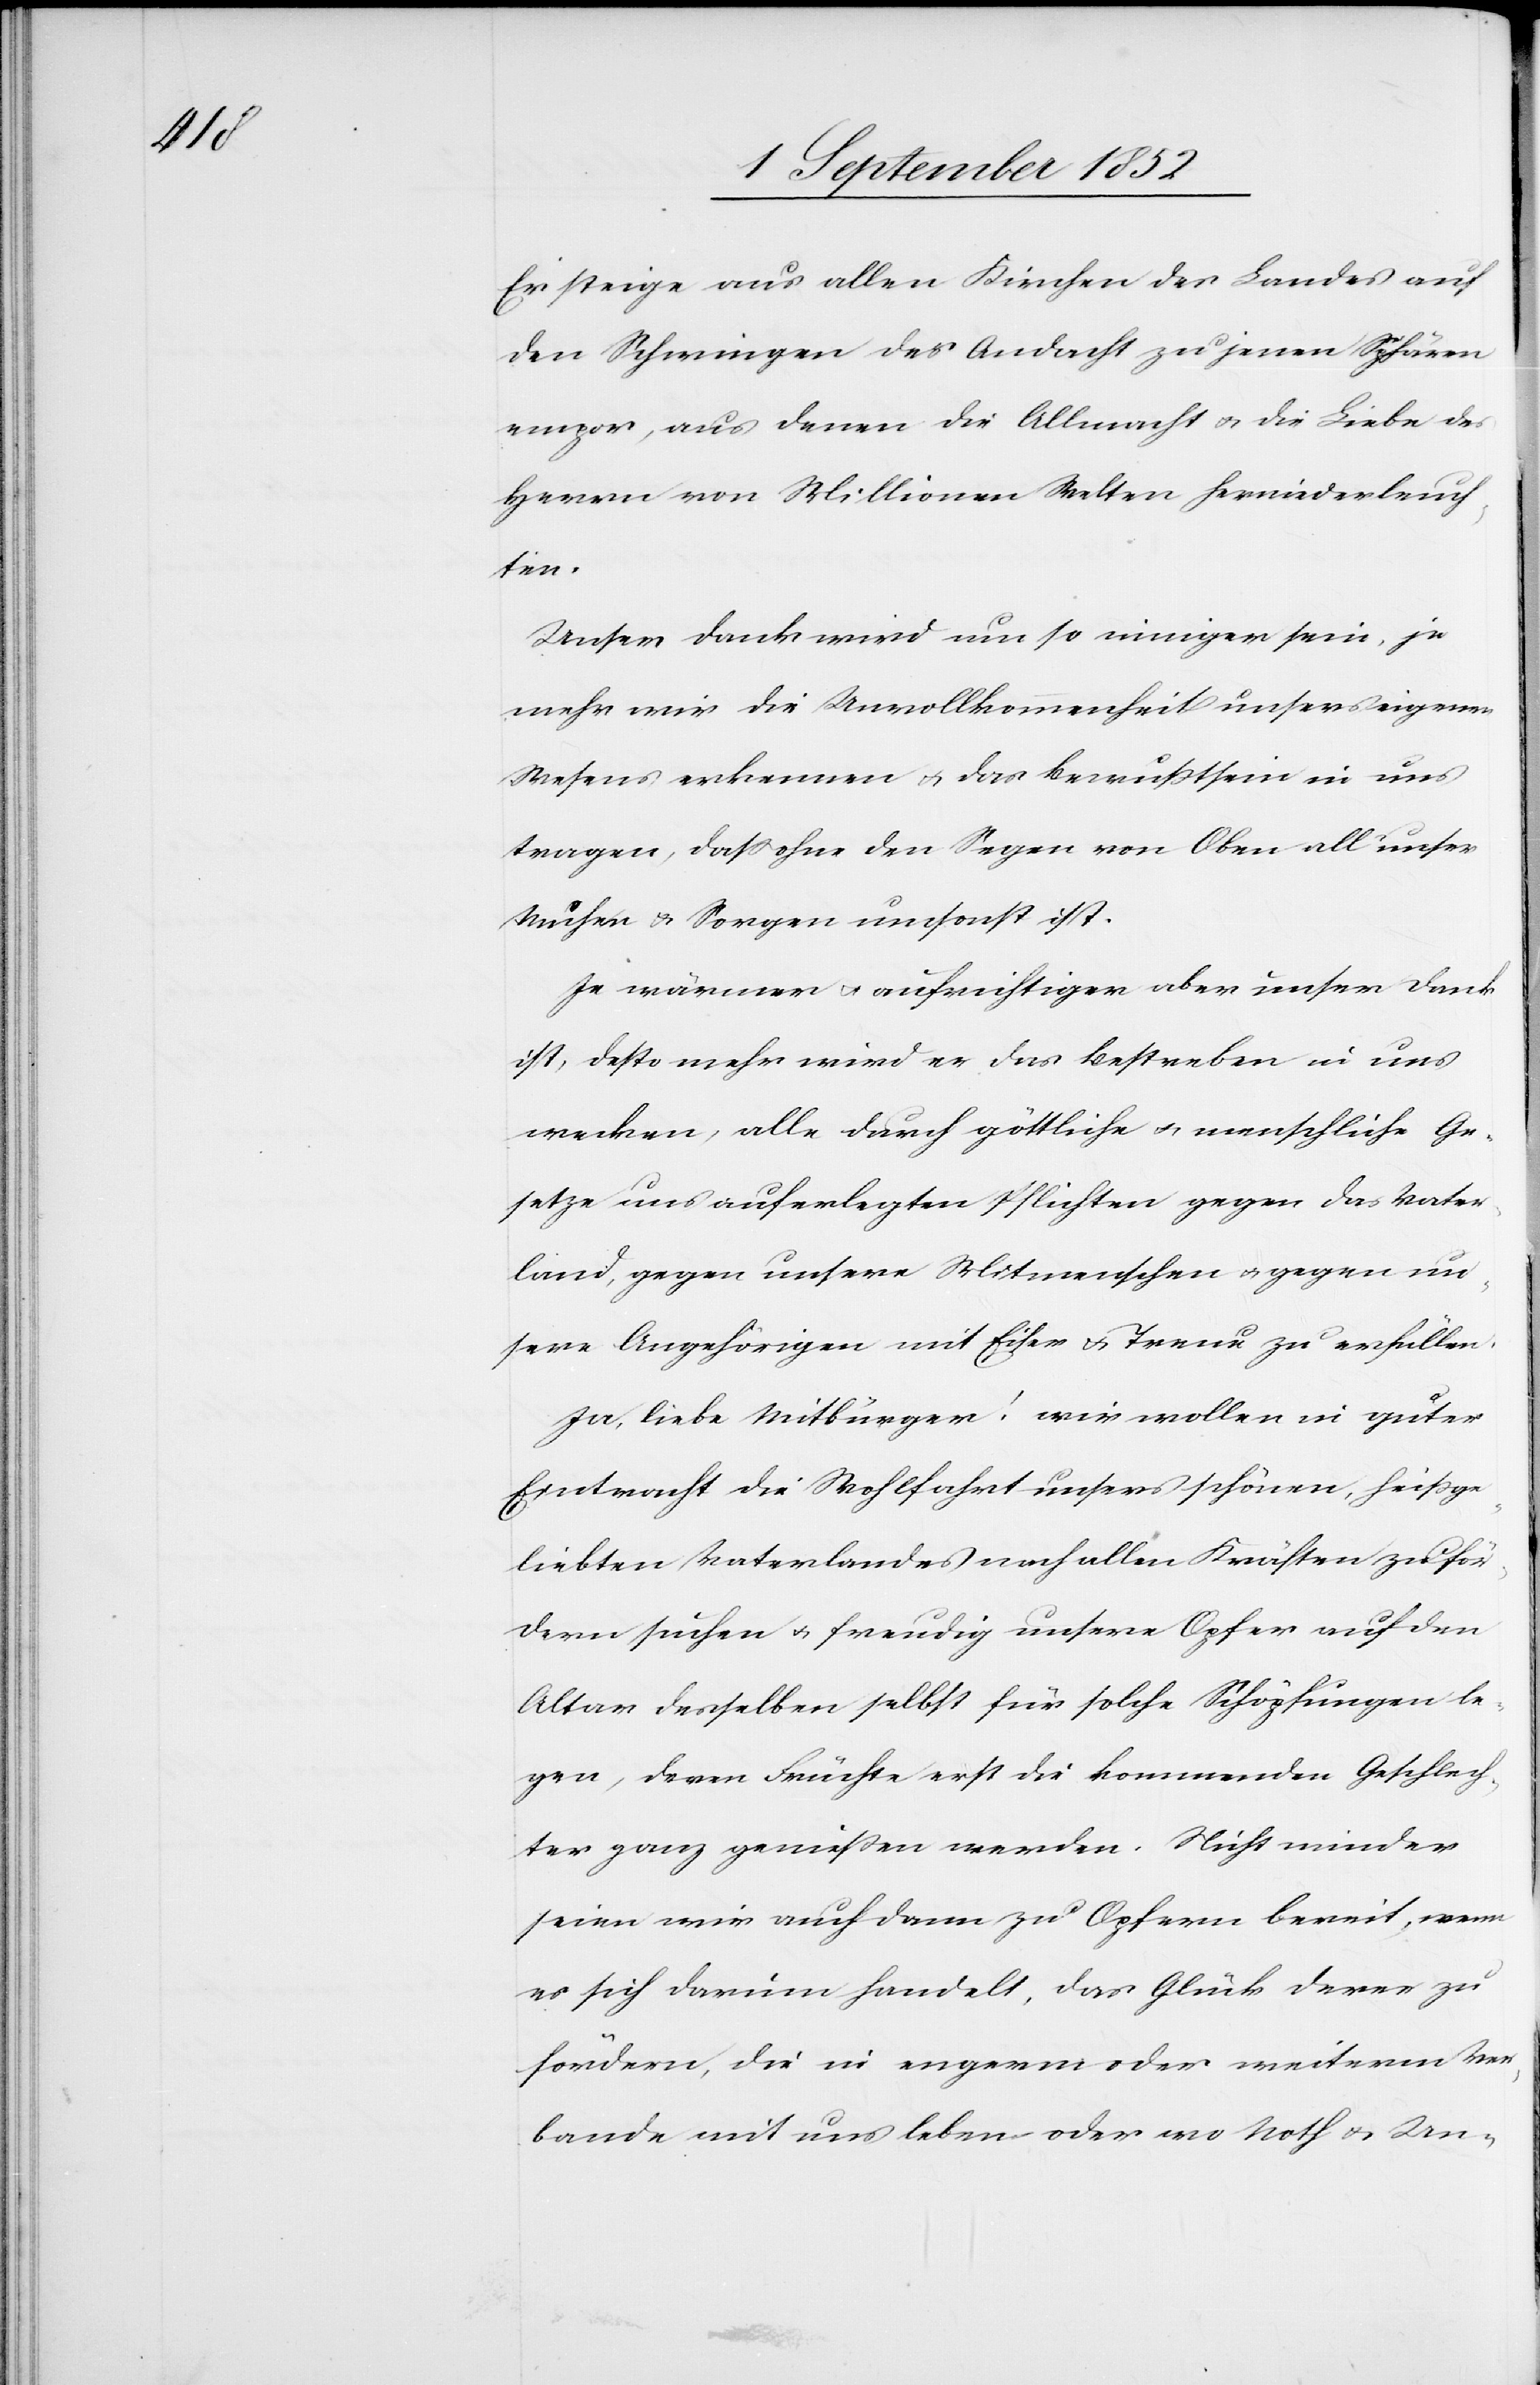
Er steige aus allen Kirchen des Landes auf
den Schwingen der Andacht zu jenen Sphären
empor, aus denen die Allmacht & die Liebe des
Herrn von Millionen Welten herniederleuch¬
ten.
Unser Dank wird um so inniger sein, je
mehr wir die Unvollkommenheit unsers eigenen
Wesens erkennen & das Bewußtsein in uns
tragen, dass ohne den Segen von Oben all‘ unser
Mühen & Sorgen umsonst ist.
Je wärmer & aufrichtiger aber unser Dank
ist, desto mehr wird er das Bestreben in uns
wecken, alle durch göttliche & menschliche Ge¬
setze uns auferlegten Pflichten gegen das Vater¬
land, gegen unsere Mitmenschen & gegen un¬
sere Angehörigen mit Eifer & Treue zu erfüllen.
Ja, liebe Mitbürger! wir wollen in guter
Eintracht die Wohlfahrt unsers schönen, heißge¬
liebten Vaterlandes nach allen Kräften zu för¬
dern suchen & freudig unsere Opfer auf den
Altar desselben selbst für solche Schöpfungen le¬
gen, deren Früchte erst die kommenden Geschlech¬
ter ganz genießen werden. Nicht minder
seien wir auch dann zu Opfern bereit, wenn
es sich darum handelt, das Glück derer zu
fördern, die in engerm oder weiterm Ver¬
bande mit uns leben – oder wo Noth & Un-